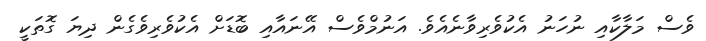
ވެސް މަލާކާއި ނުހަނު އެކުވެރިވާނެއެވެ. އަނުމްވެސް އޭނައާއި ބޮޑަށް އެކުވެރިވެގެން ދިޔަ ގޮތަކީ